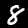
Label: 8